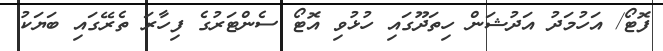
ފޮޓޯ/ އަހުމަދު އަދުޝަން ހިތަދޫގައި ހުޅުވި އޮޓޯ ސެންޓަރުގެ ފިހާރަ ތެރޭގައި ބަޔަކު